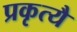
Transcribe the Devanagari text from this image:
प्रकृत्यै